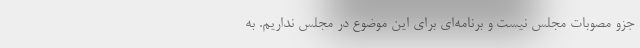
جزو مصوبات مجلس نیست و برنامه‌ای برای این موضوع در مجلس نداریم. به